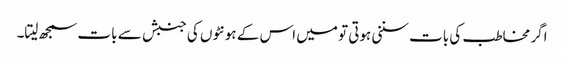
اگر مخاطب کی بات سننی ہوتی تو میں اس کے ہونٹوں کی جنبش سے بات سمجھ لیتا۔